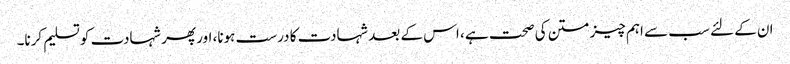
ان کے لئے سب سے اہم چیز متن کی صحت ہے ، اس کے بعد شہادت کا درست ہونا، اور پھر شہادت کو تسلیم کرنا۔